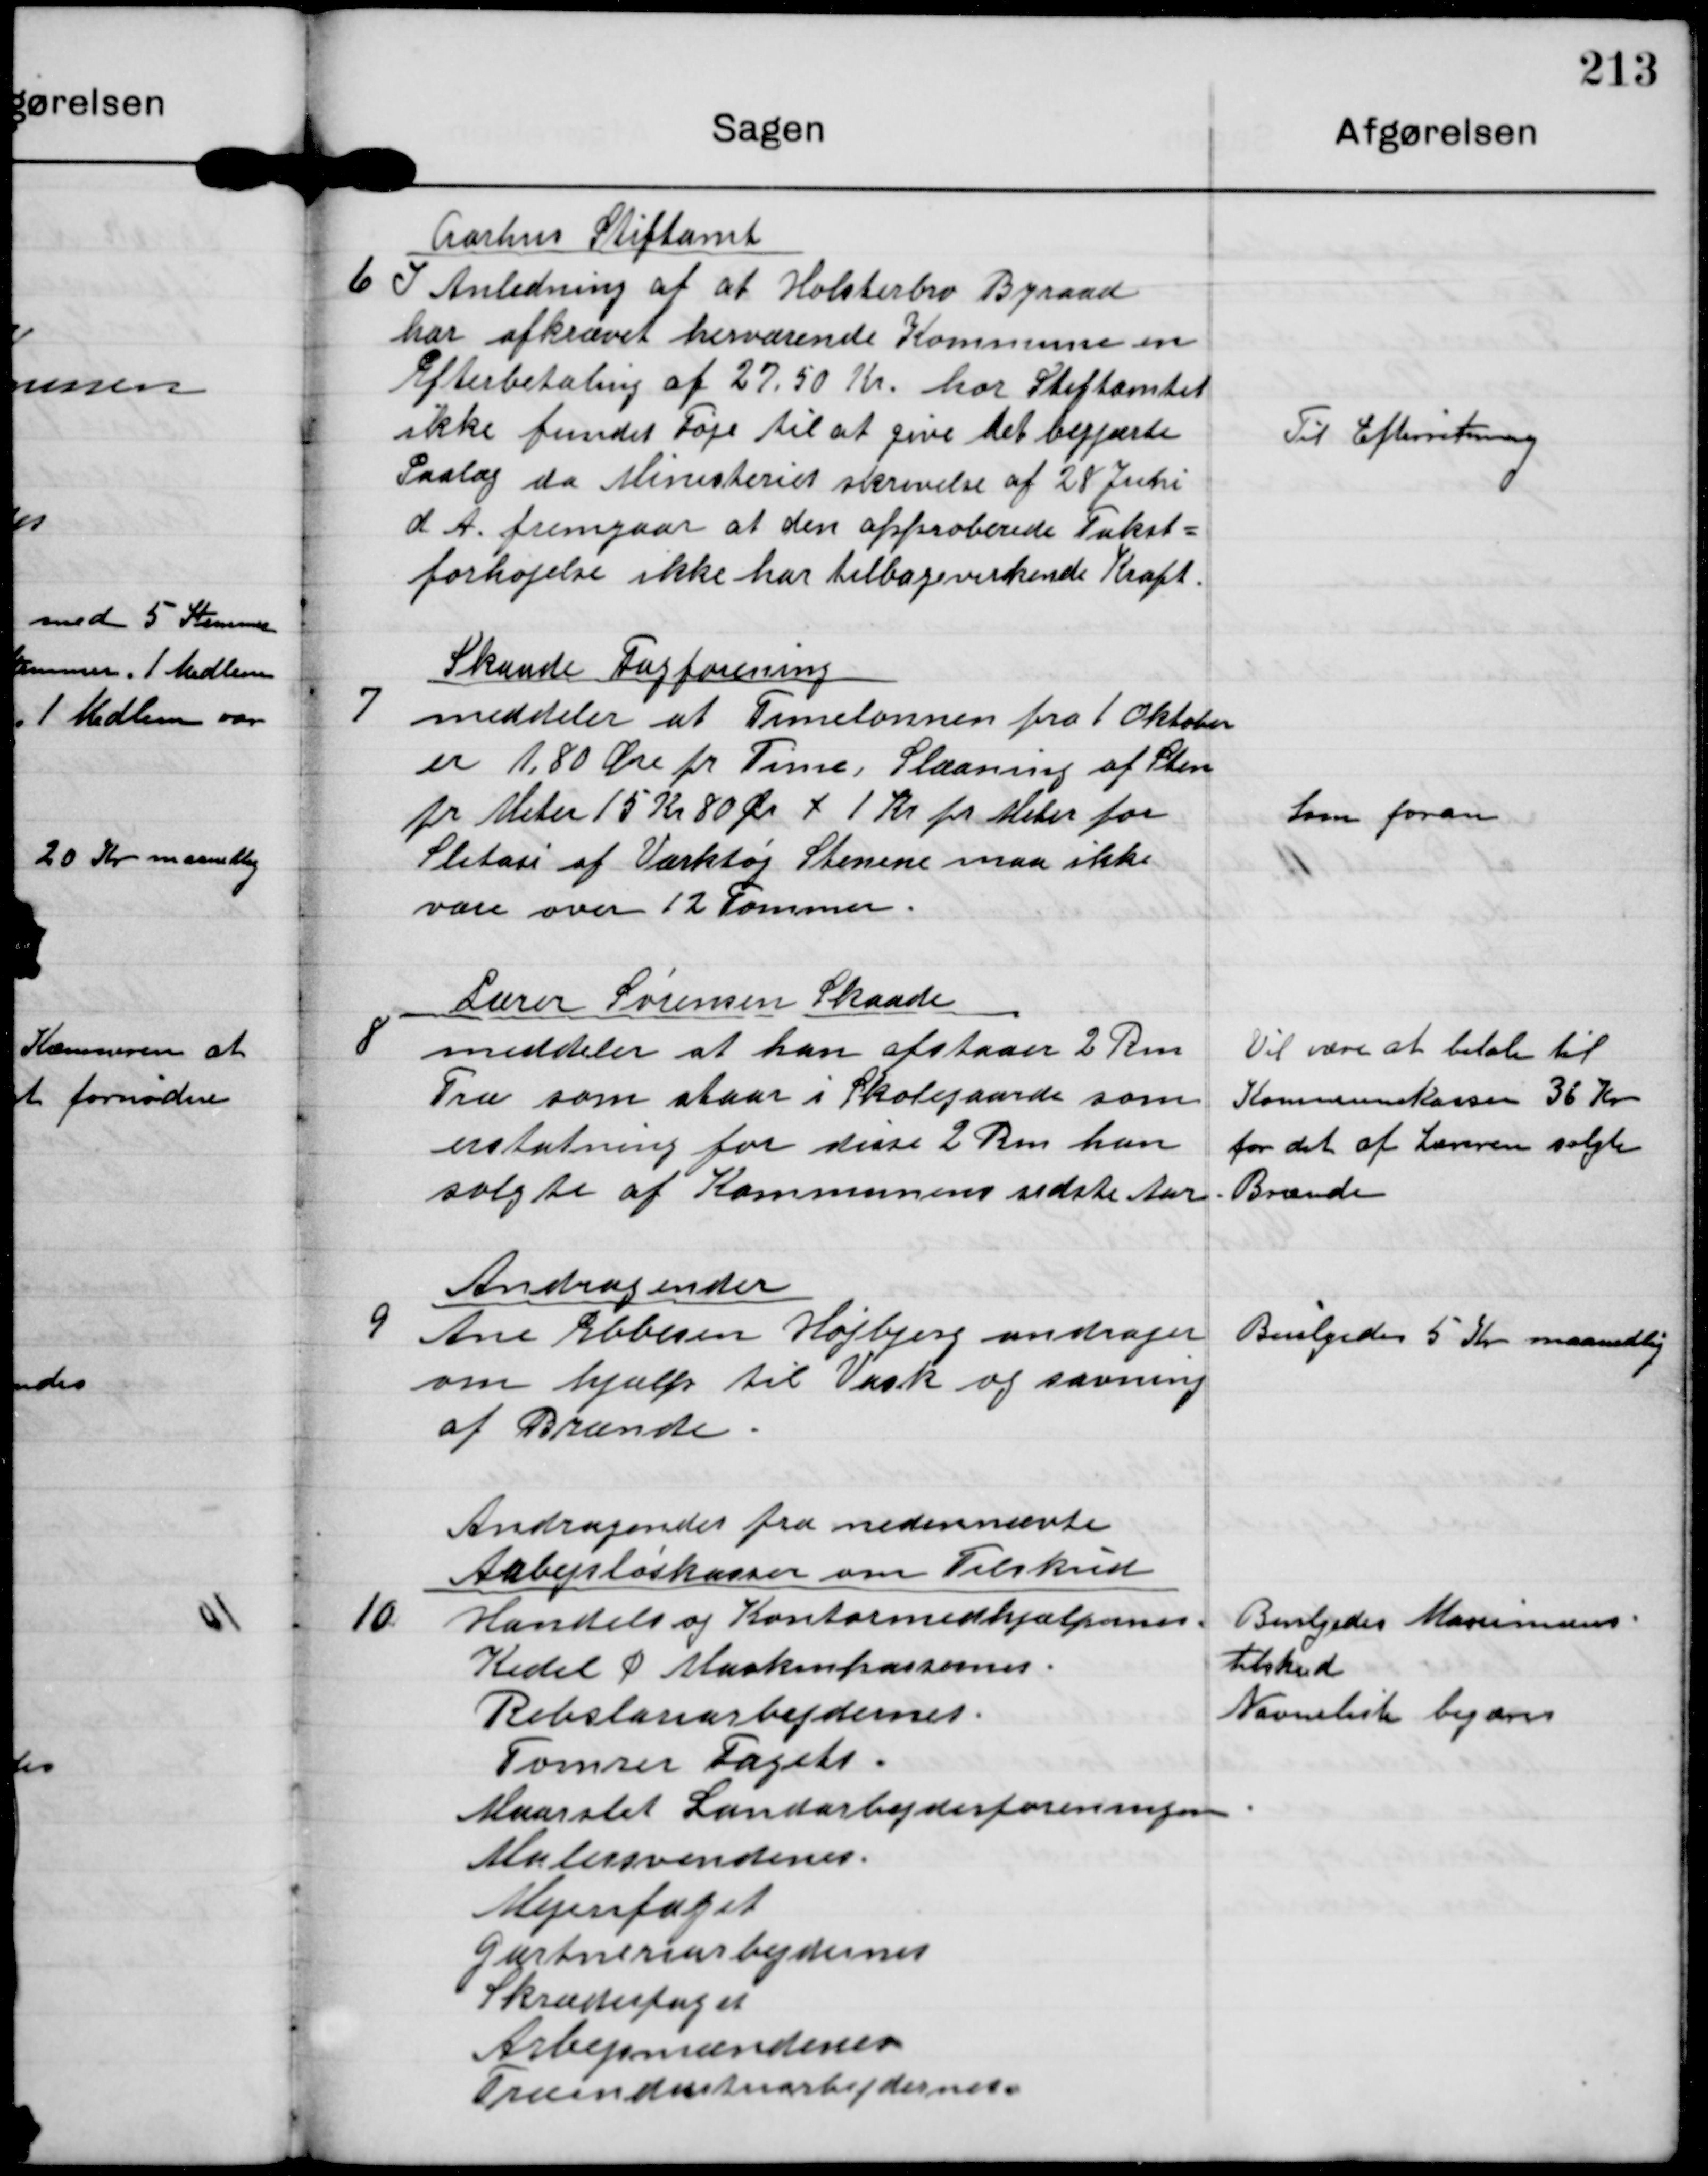
Transskription:
6

Aarhus Stiftamt
I Anledning af at Holstebro Byraad
har afkrævet herværende Kommune en
Efterbetaling af 27,50 Kr har Stiftamtet
ikke fundet Føje til at give det begjærte
Paalæg da Ministeriet skrvelse af 28 Juni
d. A. fremgaar at den approberede Takst-
forhøjelse ikke har tilbagevirkende Kraft.

Til Efterretning

7

Skaade Fagforening
meddeler at Timelønnen fra 1 Oktober
er 1,80 Øre pr Time. Slaaning af Sten
pr Meter 15 Kr 80 Øre + 1 Kr pr Meter for
Slitase af Værktøj. Stenene maa ikke
være over 12 Tommer

Som foran

8

Lærer Sørensen Skaade
meddeler at han afstaaer 2 Rm
Træ som staar i Skolegaarde som
erstatning for disse 2 Rm han
solgte af Kommunens sidste Aar

Vil være at betale til
Kommunekassen 36 Kr
for det af Læreren solgte
Brænde

9

Andragender
Ane Ebbesen Højbjerg andrager
om hjælp til Vask og savning
af Brænde

Bevilgedes 5 Kr maanedlig

10

Andragender fra nedennævnte
Arbejdsløskasser om Tilskud
Handels og Kontormedhjælpernes
Kedel & Maskinfræsernes
Rebslarsarbejdernes
Tømrer Fagets
Maarslet Landarbejderforeningen
Malersvendenes
Mejerifaget
Gartnerriarbejdernes
Skræderfaget
Arbejdsmændenes
Træindustriarbejdernes

Bevilgedes Ma?
tilskud
Navneliste begæres